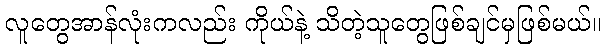
လူတွေအာန်လုံးကလည်း ကိုယ်နဲ့ သိတဲ့သူတွေဖြစ်ချင်မှဖြစ်မယ်။